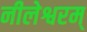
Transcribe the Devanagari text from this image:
नीलेश्वरम्